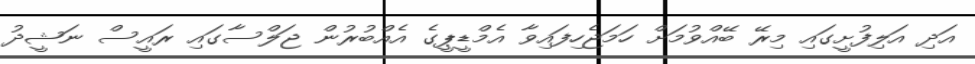
އަދި އަލިފުށީގައި މިރޭ ބޭއްވުމަށް ހަމަޖެހިފައިވާ އެމްޑީޕީގެ އެއްބުރުން ޖަލްސާގައި ރައީސް ނަޝީދު